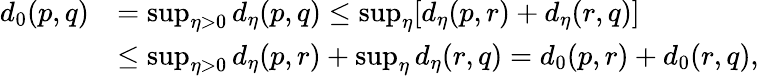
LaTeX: \begin{array}{rl}{d_{0}(p,q)}&{=\operatorname*{sup}_{\eta>0}d_{\eta}(p,q)\leq\operatorname*{sup}_{\eta}[d_{\eta}(p,r)+d_{\eta}(r,q)]}\\ &{\leq\operatorname*{sup}_{\eta>0}d_{\eta}(p,r)+\operatorname*{sup}_{\eta}d_{\eta}(r,q)=d_{0}(p,r)+d_{0}(r,q),}\end{array}